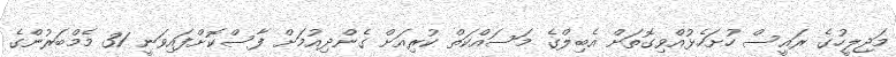
މަޖިލީހުގެ ރައީސް ހުށަހެޅުއްވިގޮތަށް އެބިލްގެ މަސައްކަތް ކުރިއަށް ގެންދިއުމަށް ފާސްކޮށްފައިވަނީ 31 މެމްބަރުންގެ